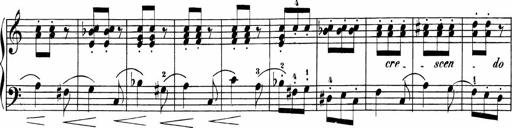
Title: Sonatinas
Composer: Andrew Violette